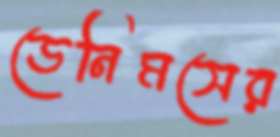
ডেনিমসের